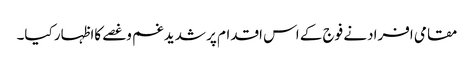
مقامی افرادنے فوج کے اس اقدام پر شدیدغم وغصے کااظہار کیا۔